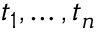
t _ { 1 } , \dots , t _ { n }